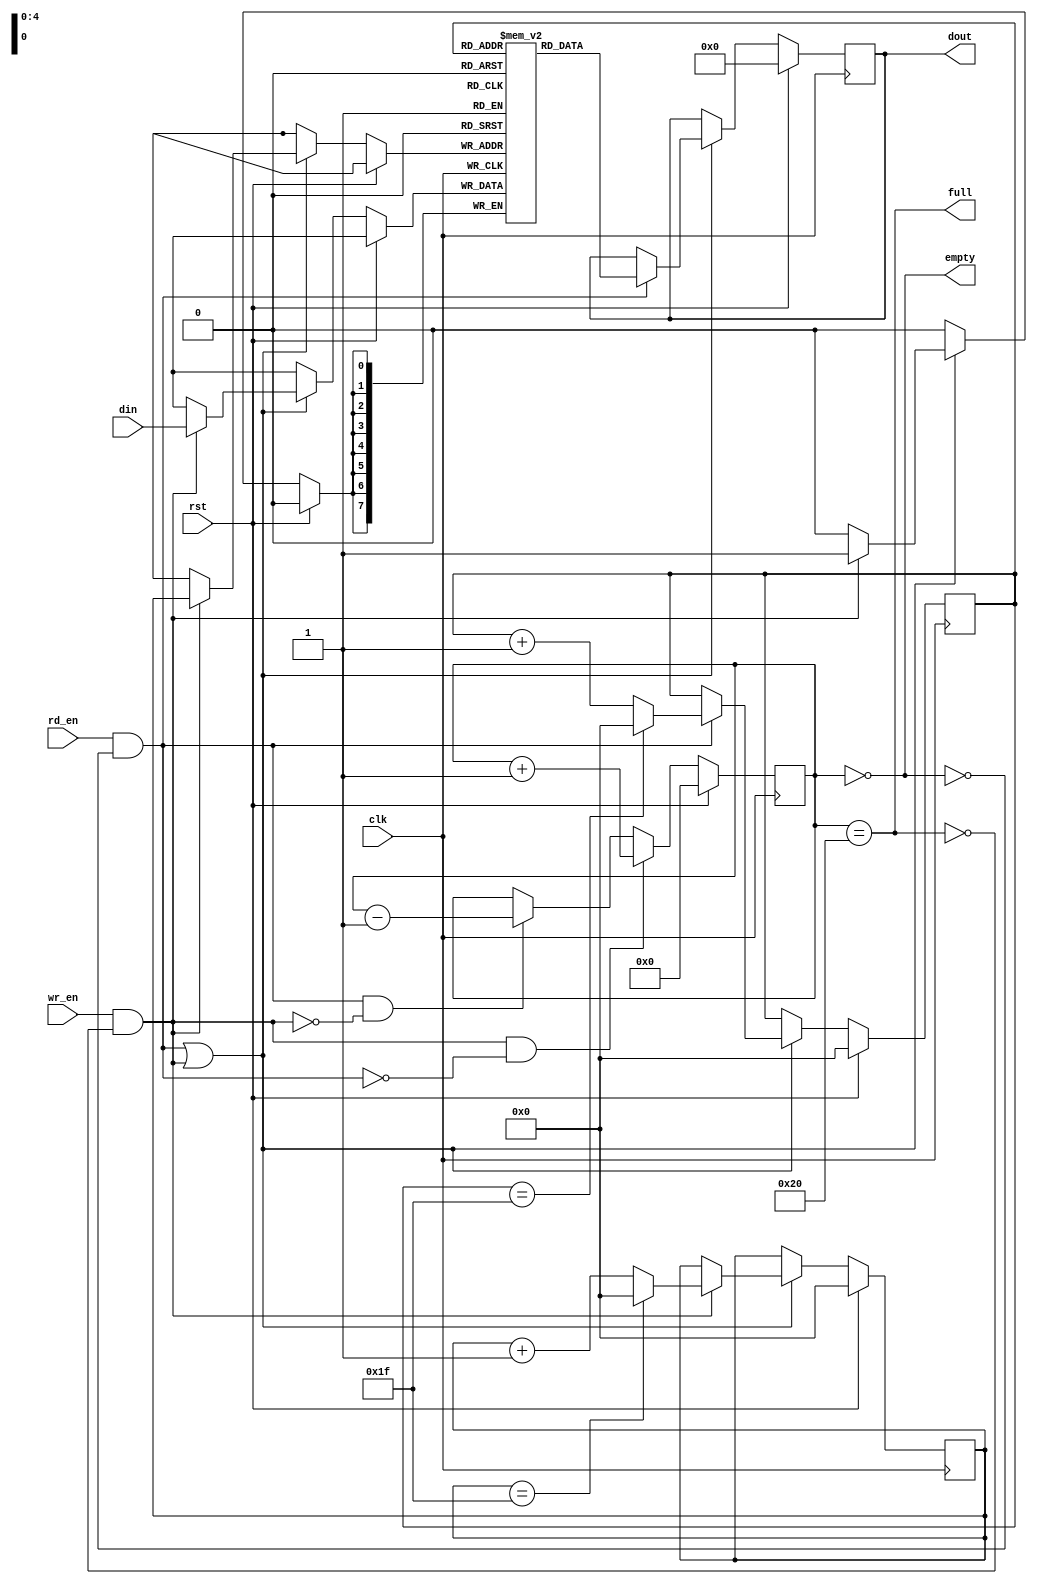
module fifo #(
    parameter WIDTH = 8,
    parameter DEPTH = 32,
    parameter POINTER_WIDTH = $clog2(DEPTH)
) (
    input clk, rst,

    // Write side
    input wr_en,
    input [WIDTH-1:0] din,
    output full,

    // Read side
    input rd_en,
    output [WIDTH-1:0] dout,
    output empty
);

    reg [POINTER_WIDTH:0] cnt;
    reg [POINTER_WIDTH-1:0] wr_ptr, rd_ptr;
    reg [WIDTH-1:0] store [DEPTH-1:0];
    reg [WIDTH-1:0] dout_reg;


    wire go_wr;
    wire go_rd;

    assign go_wr = wr_en & !full;
    assign go_rd = rd_en & !empty;
    assign dout = dout_reg;

    always @(posedge clk) begin
        if (rst) begin
            cnt <= 0;
        end
        else begin
            if (go_wr & !go_rd) begin
                cnt <= cnt + 1;
            end
            else if (go_rd & !go_wr) begin
                cnt <= cnt - 1;
            end
            else begin
                cnt <= cnt;
            end
        end
    end

    always @(posedge clk) begin
        if(rst) begin
            wr_ptr <= 0;
            rd_ptr <= 0;
            dout_reg <= 0;
        end
        else begin
            if (go_rd | go_wr) begin
                if (go_wr) begin
                    store[wr_ptr] <= din;
                    wr_ptr <= (wr_ptr == DEPTH - 1) ? 0: wr_ptr + 1;
                end
                if (go_rd) begin
                    dout_reg <= store[rd_ptr];
                    rd_ptr <= (rd_ptr == DEPTH - 1) ? 0 : rd_ptr + 1;
                end
            end
        end
    end

    assign full = cnt == DEPTH;
    assign empty = cnt == 0;
endmodule